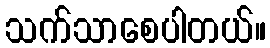
သက်သာစေပါတယ်။